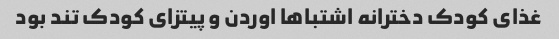
غذای کودک دخترانه اشتباها اوردن و پیتزای کودک تند بود